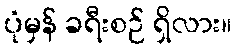
ပုံမှန် ခရီးစဉ် ရှိလား။